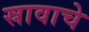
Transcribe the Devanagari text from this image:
स्रावाचे